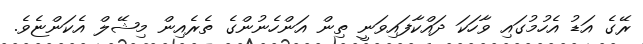
ރޭގެ އަޑު އެހުމުގައި ވާހަކަ ދައްކާފައިވަނީ ތިން އަންހެނުންގެ ތެރެއިން މިޝޭލް އެކަންޏެވެ.